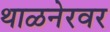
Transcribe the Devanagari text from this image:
थाळनेरवर